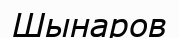
Шынаров